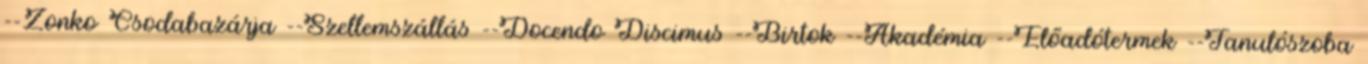
--Zonko Csodabazárja --Szellemszállás --Docendo Discimus --Birtok --Akadémia --Előadótermek --Tanulószoba